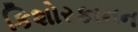
કિશોરકાનન